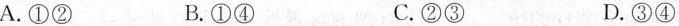
A.①②B.①④C.②③D.③④